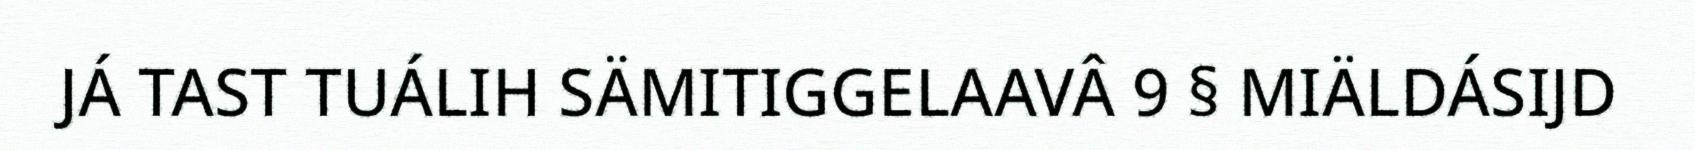
JÁ TAST TUÁLIH SÄMITIGGELAAVÂ 9 § MIÄLDÁSIJD